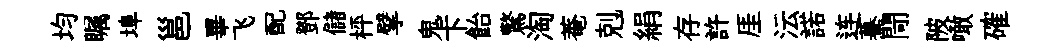
均瞩埠邕畢飞配鄧儲枰擘鬼卞飴驚淘菴剋絹存許厓沄諾连驀閜陂噉確